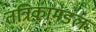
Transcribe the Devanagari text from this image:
तंत्रिकामंडल